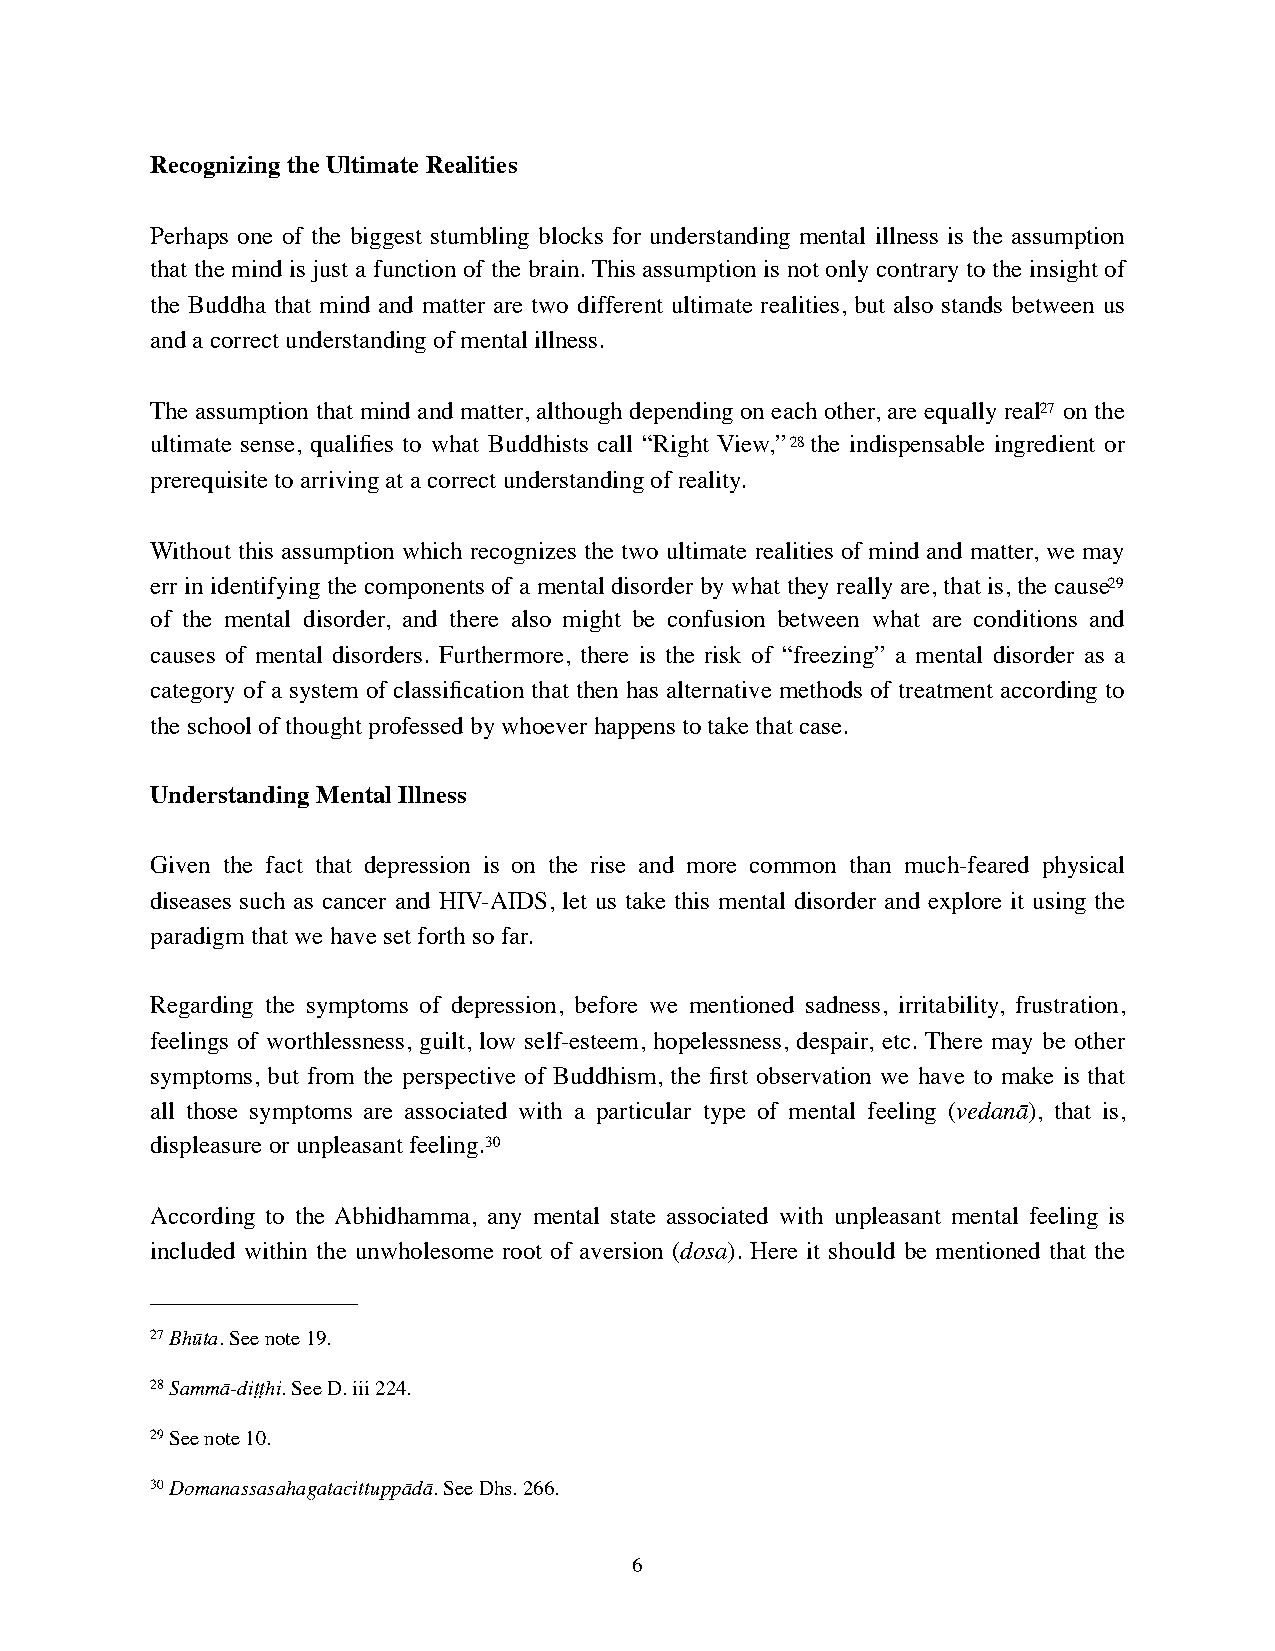
Recognizing the Ultimate Realities
 Perhaps one of the biggest stumbling blocks for understanding mental illness is the assumption
 that the mind is just a function of the brain. This assumption is not only contrary to the insight of
 the Buddha that mind and matter are two different ultimate realities, but also stands between us
 and a correct understanding of mental illness.
 The assumption that mind and matter, although depending on each other, are equally real27 on the
 ultimate sense, qualifies to what Buddhists call “Right View,”28 the indispensable ingredient or
 prerequisite to arriving at a correct understanding of reality.
 Without this assumption which recognizes the two ultimate realities of mind and matter, we may
 err in identifying the components of a mental disorder by what they really are, that is, the cause29
 of the mental disorder, and there also might be confusion between what are conditions and
 causes of mental disorders. Furthermore, there is the risk of “freezing” a mental disorder as a
 category of a system of classification that then has alternative methods of treatment according to
 the school of thought professed by whoever happens to take that case.
 Understanding Mental Illness
 Given the fact that depression is on the rise and more common than much-feared physical
 diseases such as cancer and HIV-AIDS, let us take this mental disorder and explore it using the
 paradigm that we have set forth so far.
 Regarding the symptoms of depression, before we mentioned sadness, irritability, frustration,
 feelings of worthlessness, guilt, low self-esteem, hopelessness, despair, etc. There may be other
 symptoms, but from the perspective of Buddhism, the first observation we have to make is that
 all those symptoms are associated with a particular type of mental feeling (vedanā), that is,
 displeasure or unpleasant feeling.30
 According to the Abhidhamma, any mental state associated with unpleasant mental feeling is
 included within the unwholesome root of aversion (dosa). Here it should be mentioned that the
 27 Bhūta. See note 19.
 28 Sammā-diṭṭhi. See D. iii 224.
 29 See note 10.
 30 Domanassasahagatacittuppādā. See Dhs. 266.
 6